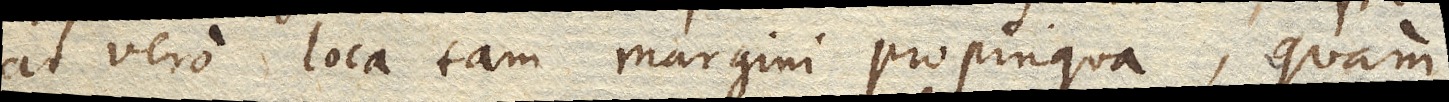
at vero loca tam margini propinqua, quam